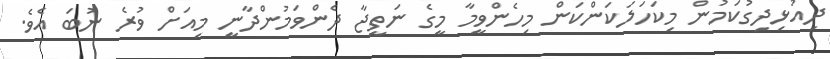
ދިއުޅިދިގުކަމުން މިކަހަލަކަންކަން މިހެންވީމާ މީގެ ނަތީޖާ ދެންވަމުންދާނީ މިއަށް ވުރެ ނުބަ އެވެ.